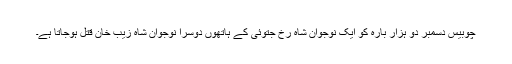
چوبیس دسمبر دو ہزار بارہ کو ایک نوجوان شاہ رخ جتوئی کے ہاتھوں دوسرا نوجوان شاہ زیب خان قتل ہوجاتا ہے۔